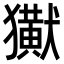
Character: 𤣊